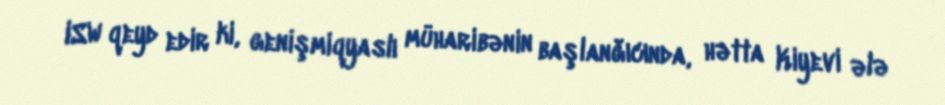
ISW qeyd edir ki, genişmiqyaslı müharibənin başlanğıcında, hətta Kiyevi ələ